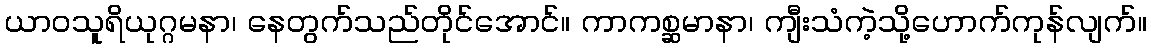
ယာဝသူရိယုဂ္ဂမနာ၊ နေတွက်သည်တိုင်အောင်။ ကာကစ္ဆမာနာ၊ ကျီးသံကဲ့သို့ဟောက်ကုန်လျက်။